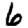
Digit: 6